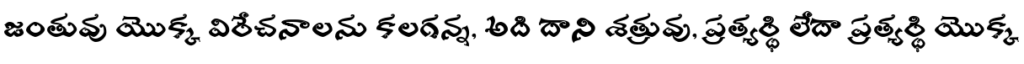
జంతువు యొక్క విరేచనాలను కలగన్న, అది దాని శత్రువు, ప్రత్యర్థి లేదా ప్రత్యర్థి యొక్క